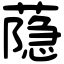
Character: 𦻕